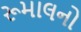
રૂમાલનો